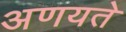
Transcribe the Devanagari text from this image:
अणयते